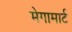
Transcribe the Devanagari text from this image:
मेगामार्ट